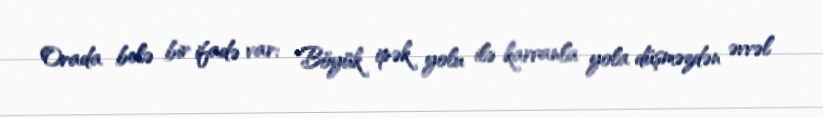
Orada belə bir ifadə var: "Böyük ipək yolu ilə karvanla yola düşməzdən əvvəl